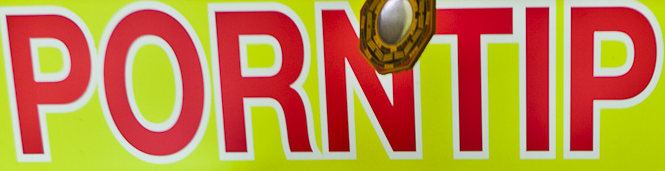
PORNTIP